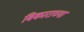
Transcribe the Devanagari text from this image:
विकाराच्या